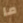
ما